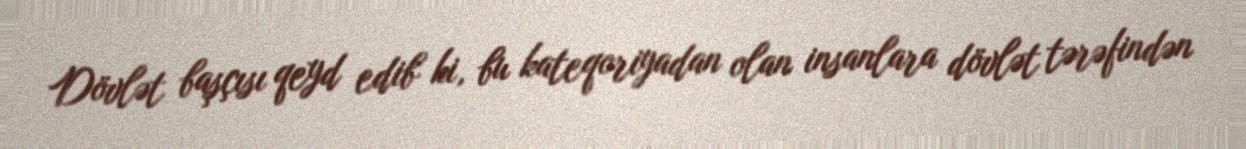
Dövlət başçısı qeyd edib ki, bu kateqoriyadan olan insanlara dövlət tərəfindən